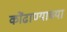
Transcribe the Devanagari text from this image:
कोंढाण्याच्या